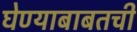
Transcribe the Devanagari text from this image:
घेण्याबाबतची